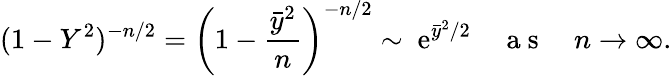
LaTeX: (1-Y^{2})^{-n/2}=\bigg(1-\frac{\bar{y}^{2}}{n}\bigg)^{-n/2}\sim~\mathrm{e}^{\bar{y}^{2}/2}\quad\mathrm{~a~s~}\quad n\to\infty.